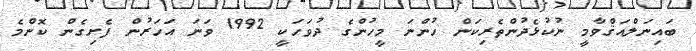
ބައިނަލްއަޤްވާމީ ނުކުޅެދުންތެރިކަން ހުންނަ މީހުންގެ ދުވަހަކީ 1992 ވަނަ އަހަރުން ފެށިގެން ކޮންމެ